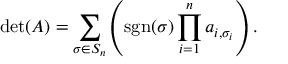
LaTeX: \operatorname* { d e t } ( A ) = \sum _ { \sigma \in S _ { n } } \left( \operatorname { s g n } ( \sigma ) \prod _ { i = 1 } ^ { n } a _ { i , \sigma _ { i } } \right) .